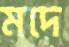
মদে